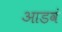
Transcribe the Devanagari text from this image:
आडवं